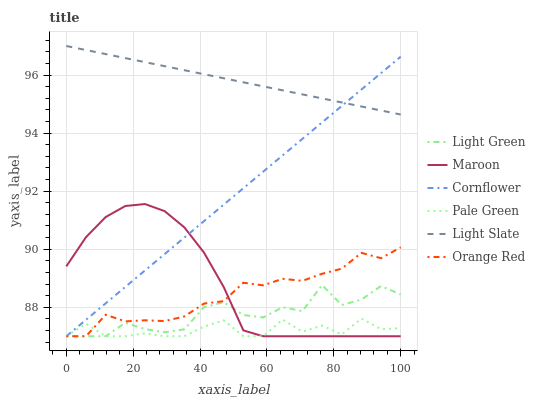
| xaxis_label | Light Green | Maroon | Cornflower | Pale Green | Light Slate | Orange Red |
 | --- | --- | --- | --- | --- | --- | --- |
 | 0 | 87 | 89.4 | 87 | 87 | 97 | 87 |
 | 5.88 | 87 | 90.4 | 87.6 | 87.4 | 96.9 | 87 |
 | 11.8 | 87 | 91.1 | 88.1 | 87 | 96.7 | 87.7 |
 | 17.6 | 87.5 | 91.5 | 88.7 | 87 | 96.6 | 87.5 |
 | 23.5 | 87.2 | 91.6 | 89.3 | 87.1 | 96.4 | 87.6 |
 | 29.4 | 87.1 | 91.3 | 89.8 | 87 | 96.3 | 87.5 |
 | 35.3 | 87.2 | 90.8 | 90.4 | 87 | 96.2 | 87.7 |
 | 41.2 | 88 | 89.9 | 91 | 87.3 | 96 | 88.1 |
 | 47.1 | 88.2 | 88.7 | 91.5 | 87.6 | 95.9 | 88.2 |
 | 52.9 | 87.7 | 87.2 | 92.1 | 87 | 95.8 | 88.8 |
 | 58.8 | 87.6 | 87 | 92.7 | 87 | 95.6 | 88.8 |
 | 64.7 | 88 | 87 | 93.2 | 87.6 | 95.5 | 89 |
 | 70.6 | 87.9 | 87 | 93.8 | 87.2 | 95.3 | 88.9 |
 | 76.5 | 88.8 | 87 | 94.4 | 87.4 | 95.2 | 89.2 |
 | 82.4 | 88.1 | 87 | 94.9 | 87.1 | 95.1 | 89.3 |
 | 88.2 | 88.3 | 87 | 95.5 | 87.6 | 94.9 | 89.9 |
 | 94.1 | 88.7 | 87 | 96.1 | 87.2 | 94.8 | 89.7 |
 | 100 | 88.4 | 87 | 96.6 | 87.3 | 94.6 | 90.1 |